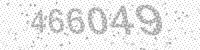
Solution: 466049